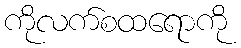
ကိုလက်စထရောကို